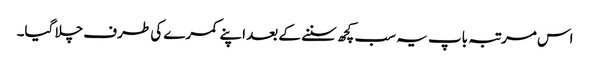
اس مرتبہ باپ یہ سب کچھ سننے کے بعد اپنے کمرے کی طرف چلا گیا۔